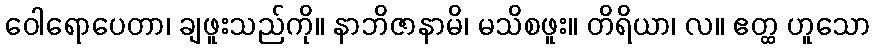
ဝေါရောပေတာ၊ ချဖူးသည်ကို။ နာဘိဇာနာမိ၊ မသိစဖူး။ တိရိယာ၊ လ။ ဧတ္ထ ဟူသော